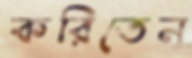
করিতেন